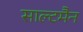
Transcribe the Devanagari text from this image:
साल्टमैन